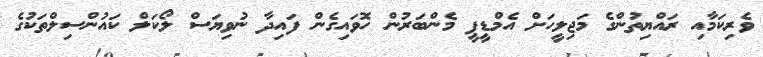
ވެރިކަމާއި ރައްޔިތުންގެ މަޖިލީހަށް އެމްޑީޕީ މެންބަރުން ހޮވައިގެން ފައިދާ ނުވިޔަސް ލޯކަލް ކައުންސިލްތަކުގެ